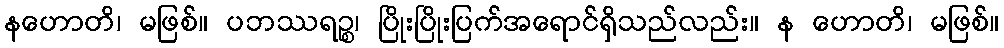
နဟောတိ၊ မဖြစ်။ ပဘဿရဉ္စ၊ ပြိုးပြိုးပြက်အရောင်ရှိသည်လည်း။ န ဟောတိ၊ မဖြစ်။